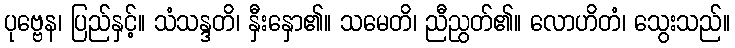
ပုဗ္ဗေန၊ ပြည်နှင့်။ သံသန္ဒတိ၊ နှီးနှော၏။ သမေတိ၊ ညီညွတ်၏။ လောဟိတံ၊ သွေးသည်။